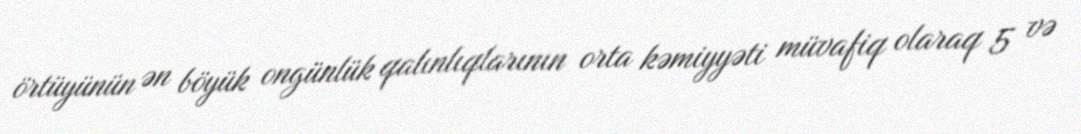
örtüyünün ən böyük ongünlük qalınlıqlarının orta kəmiyyəti müvafiq olaraq 5 və